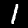
Digit: 1